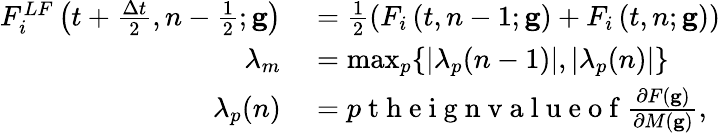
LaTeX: \begin{array}{rl}{F_{i}^{LF}\left(t+\frac{\Delta t}{2},n-\frac{1}{2};\mathbf{g}\right)}&{{}=\frac{1}{2}\left(F_{i}\left(t,n-1;\mathbf{g}\right)+F_{i}\left(t,n;\mathbf{g}\right)\right)}\\ {\lambda_{m}}&{{}=\operatorname*{max}_{p}\{ |\lambda_{p}(n-1)|,|\lambda_{p}(n)|\} }\\ {\lambda_{p}(n)}&{{}=p\mathrm{~t~h~e~i~g~n~v~a~l~u~e~o~f~}\frac{\partial F(\mathbf{g})}{\partial M(\mathbf{g})},}\end{array}